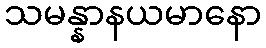
သမန္နာနယမာနော